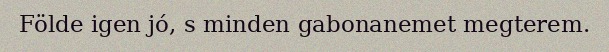
Földe igen jó, s minden gabonanemet megterem.